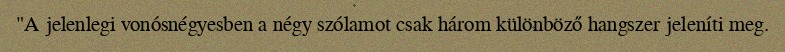
"A jelenlegi vonósnégyesben a négy szólamot csak három különböző hangszer jeleníti meg.